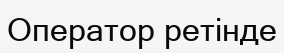
Оператор ретінде